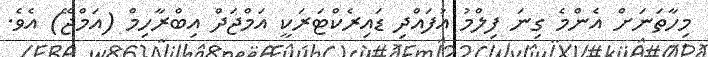
މިހާތަނަށް އެންމެ ގިނަ ފިލްމު އުފައްދި ޑައިރެކްޓަރަކީ އަމްޖަދް އިބްރާހިމް (އަމްޖޭ) އެވެ.